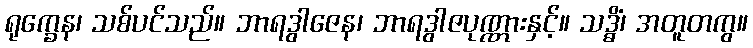
ရုက္ခေန၊ သစ်ပင်သည်။ ဘာရဒွါဇေန၊ ဘာရဒွါဇပုဏ္ဏားနှင့်။ သဒ္ဓိံ၊ အတူတကွ။